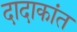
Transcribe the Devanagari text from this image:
दादाकांत